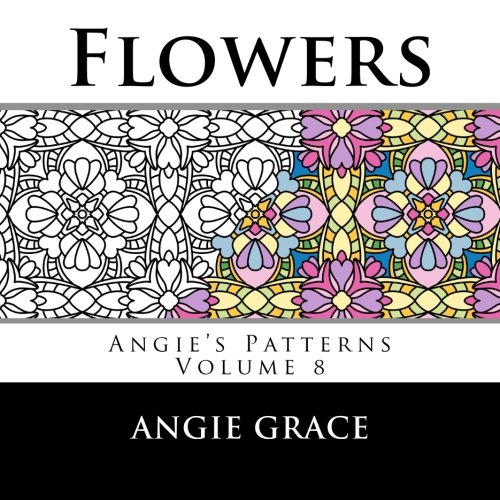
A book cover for Flowers (Angie's Patterns Volume 8); Angie Grace; Crafts, Hobbies & Home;